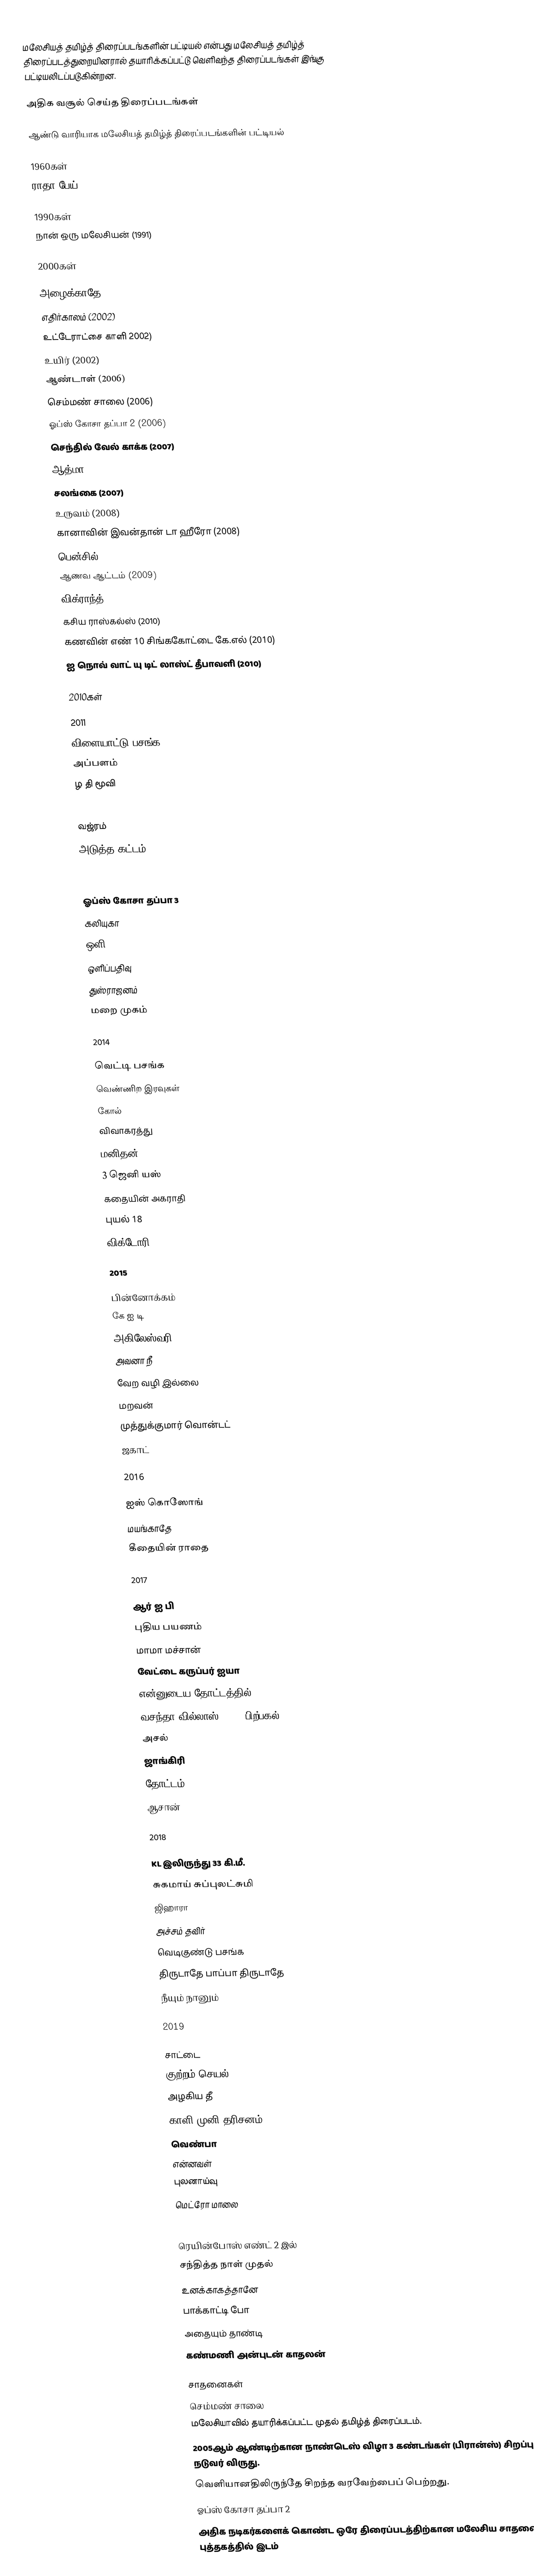
மலேசியத் தமிழ்த் திரைப்படங்களின் பட்டியல் என்பது மலேசியத் தமிழ்த் திரைப்படத்துறையினரால் தயாரிக்கப்பட்டு வெளிவந்த திரைப்படங்கள் இங்கு பட்டியலிடப்படுகின்றன.

அதிக வசூல் செய்த திரைப்படங்கள்

ஆண்டு வாரியாக மலேசியத் தமிழ்த் திரைப்படங்களின் பட்டியல்

1960கள்
 ராதா பேய் (1969)

1990கள்
 நான் ஒரு மலேசியன் (1991)

2000கள்

 அழைக்காதே (2001)
 எதிர்காலம் (2002)
 உட்டேராட்சை காளி  2002)
 உயிர் (2002)
 ஆண்டாள் (2006)
 செம்மண் சாலை (2006)
 ஓப்ஸ் கோசா தப்பா 2 (2006)
 செந்தில் வேல் காக்க (2007)
 ஆத்மா (2007)
 சலங்கை (2007)
 உருவம் (2008)
 கானாவின் இவன்தான் டா ஹீரோ (2008)
 பென்சில் (2008)
 ஆணவ ஆட்டம் (2009)
 விக்ராந்த் (2009)
 கசிய ராஸ்கல்ஸ் (2010)
 கணவின் எண் 10 சிங்ககோட்டை கே.எல் (2010)
 ஐ நொவ் வாட் யு டிட் லாஸ்ட் தீபாவளி (2010)

2010கள்

2011
 விளையாட்டு பசங்க
 அப்பளம்
 ழ தி மூவி

2012
 வஜ்ரம்
 அடுத்த கட்டம்

2013

 ஓப்ஸ் கோசா தப்பா 3
 கலியுகா
 ஒளி
 ஒளிப்பதிவு
 துஸ்ராஜனம்
 மறை முகம்

2014

 வெட்டி பசங்க
 வெண்ணிற இரவுகள்
 கோல்
 விவாகரத்து
 மனிதன்
 3 ஜெனி யஸ்
 கதையின் அகராதி
 புயல் 18
 விக்டோரி

2015

 பின்னோக்கம்
 கே ஐ டி
 அகிலேஸ்வரி
 அவனா நீ
 வேற வழி இல்லை
 மறவன்
 முத்துக்குமார் வொன்டட்
 ஜகாட்

2016

 ஐஸ் கொஸோங்
 மயங்காதே
 கீதையின் ராதை

2017

 ஆர் ஐ பி
 புதிய பயணம்
 மாமா மச்சான்
 வேட்டை கருப்பர் ஐயா
 என்னுடைய தோட்டத்தில்
 வசந்தா வில்லாஸ் 10:45 பிற்பகல்
 அசல்
 ஜாங்கிரி
 தோட்டம்
 ஆசான்

2018

 KL இலிருந்து 33 கி.மீ.
 சுகமாய் சுப்புலட்சுமி
 ஜிஹாரா
 அச்சம் தவிர்
 வெடிகுண்டு பசங்க
 திருடாதே பாப்பா திருடாதே
 நீயும் நானும்

2019

 சாட்டை
 குற்றம் செயல்
 அழகிய தீ
 காளி முனி தரிசனம்
 வெண்பா
 என்னவள்
 புலனாய்வு
 மெட்ரோ மாலை

2020
 ரெயின்போஸ் எண்ட் 2 இல்
 சந்தித்த நாள் முதல்
 உனக்காகத்தானே
 பாக்காட்டி போ
 அதையும் தாண்டி
 கண்மணி அன்புடன் காதலன்

சாதனைகள்
 செம்மண் சாலை
 மலேசியாவில் தயாரிக்கப்பட்ட முதல் தமிழ்த் திரைப்படம்.
 2005ஆம் ஆண்டிற்கான நாண்டெஸ் விழா 3 கண்டங்கள் (பிரான்ஸ்) சிறப்பு நடுவர் விருது.
 வெளியானதிலிருந்தே சிறந்த வரவேற்பைப் பெற்றது.
 ஓப்ஸ் கோசா தப்பா 2
 அதிக நடிகர்களைக் கொண்ட ஒரே திரைப்படத்திற்கான மலேசிய சாதனைப் புத்தகத்தில் இடம்